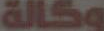
وكالة